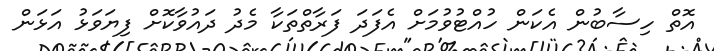
އޮތް ހިސާބުން އެކަން ހުއްޓުުވުމަށް އެފަދަ ފަރާތްތަކާ މެދު ދައުވާކޮށް ފިޔަވަޅު އަޅަން